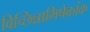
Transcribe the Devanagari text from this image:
विच्छिन्नाभिषेकांक